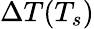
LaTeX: \Delta T(T_{s})